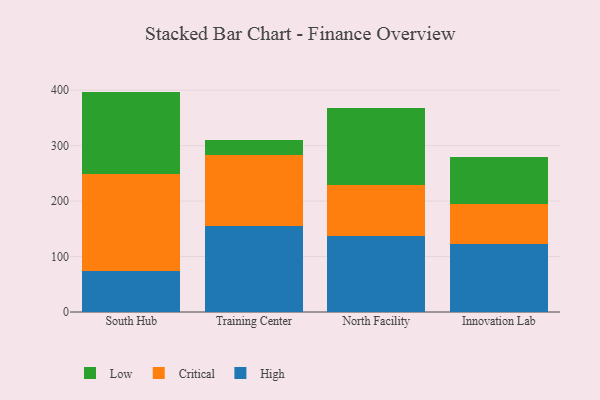
{"axis": {"x": "Campus", "y": "Backlog"}, "legend": ["Critical", "High", "Low"], "data": [{"x": "South Hub", "y": 74.2, "type": "High"}, {"x": "South Hub", "y": 174.3, "type": "Critical"}, {"x": "South Hub", "y": 149.0, "type": "Low"}, {"x": "Training Center", "y": 156.0, "type": "High"}, {"x": "Training Center", "y": 127.7, "type": "Critical"}, {"x": "Training Center", "y": 26.7, "type": "Low"}, {"x": "North Facility", "y": 137.0, "type": "High"}, {"x": "North Facility", "y": 92.9, "type": "Critical"}, {"x": "North Facility", "y": 137.3, "type": "Low"}, {"x": "Innovation Lab", "y": 123.5, "type": "High"}, {"x": "Innovation Lab", "y": 71.2, "type": "Critical"}, {"x": "Innovation Lab", "y": 84.1, "type": "Low"}]}